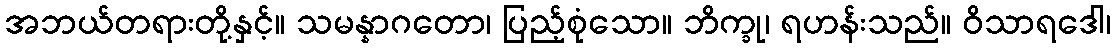
အဘယ်တရားတို့နှင့်။ သမန္နာဂတော၊ ပြည့်စုံသော။ ဘိက္ခု၊ ရဟန်းသည်။ ဝိသာရဒေါ၊